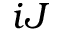
i J